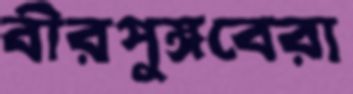
বীরপুঙ্গবেরা